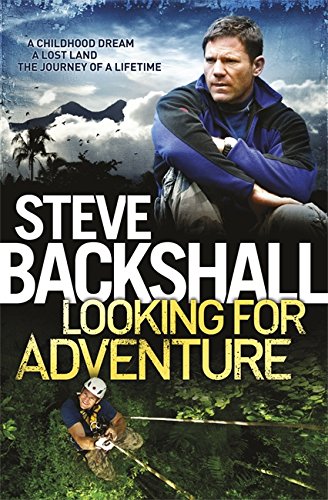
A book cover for Looking for Adventure; Steve Backshall; Travel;